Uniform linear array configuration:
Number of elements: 32
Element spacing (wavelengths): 1
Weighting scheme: hamming
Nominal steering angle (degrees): -30
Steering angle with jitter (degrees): -30.76
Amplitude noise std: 0.05
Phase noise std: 0.05

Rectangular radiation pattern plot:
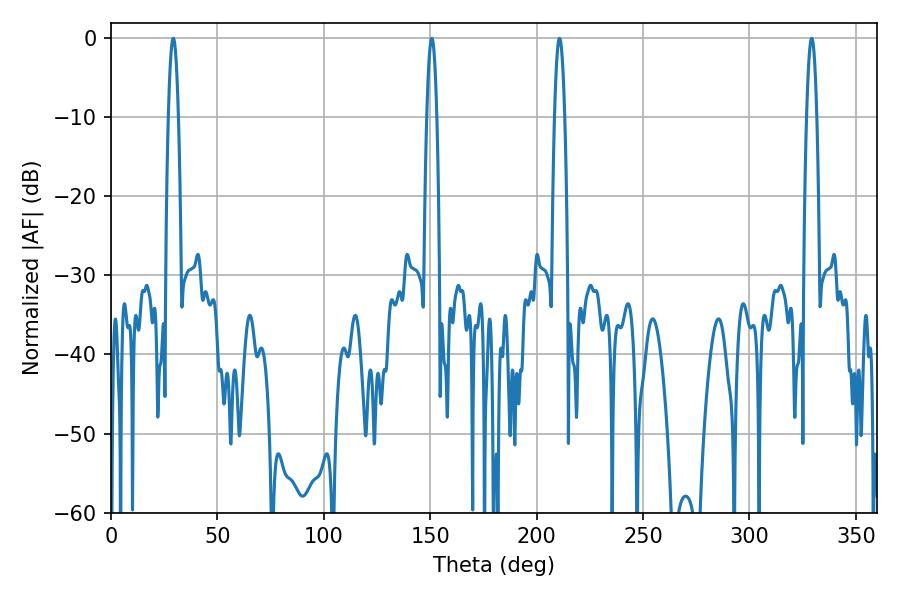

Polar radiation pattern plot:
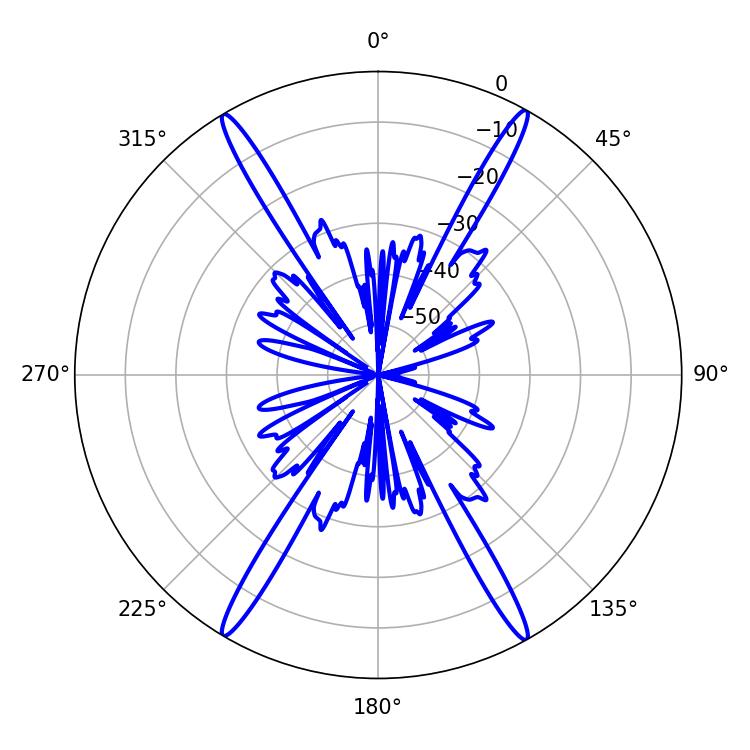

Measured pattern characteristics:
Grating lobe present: TRUE
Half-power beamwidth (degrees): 2.52
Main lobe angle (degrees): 329.22